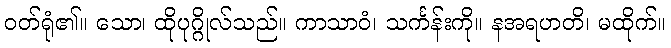
ဝတ်ရုံ၏။ သော၊ ထိုပုဂ္ဂိုလ်သည်။ ကာသာဝံ၊ သင်္ကန်းကို။ နအရဟတိ၊ မထိုက်။